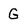
Character: G